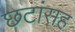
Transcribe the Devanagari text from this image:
छटांसह